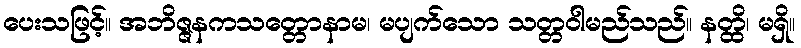
ပေးသဖြင့်။ အဘိဇ္ဇနကသတ္တောနာမ၊ မပျက်သော သတ္တဝါမည်သည်။ နတ္ထိ၊ မရှိ။